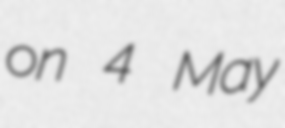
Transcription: on 4 May